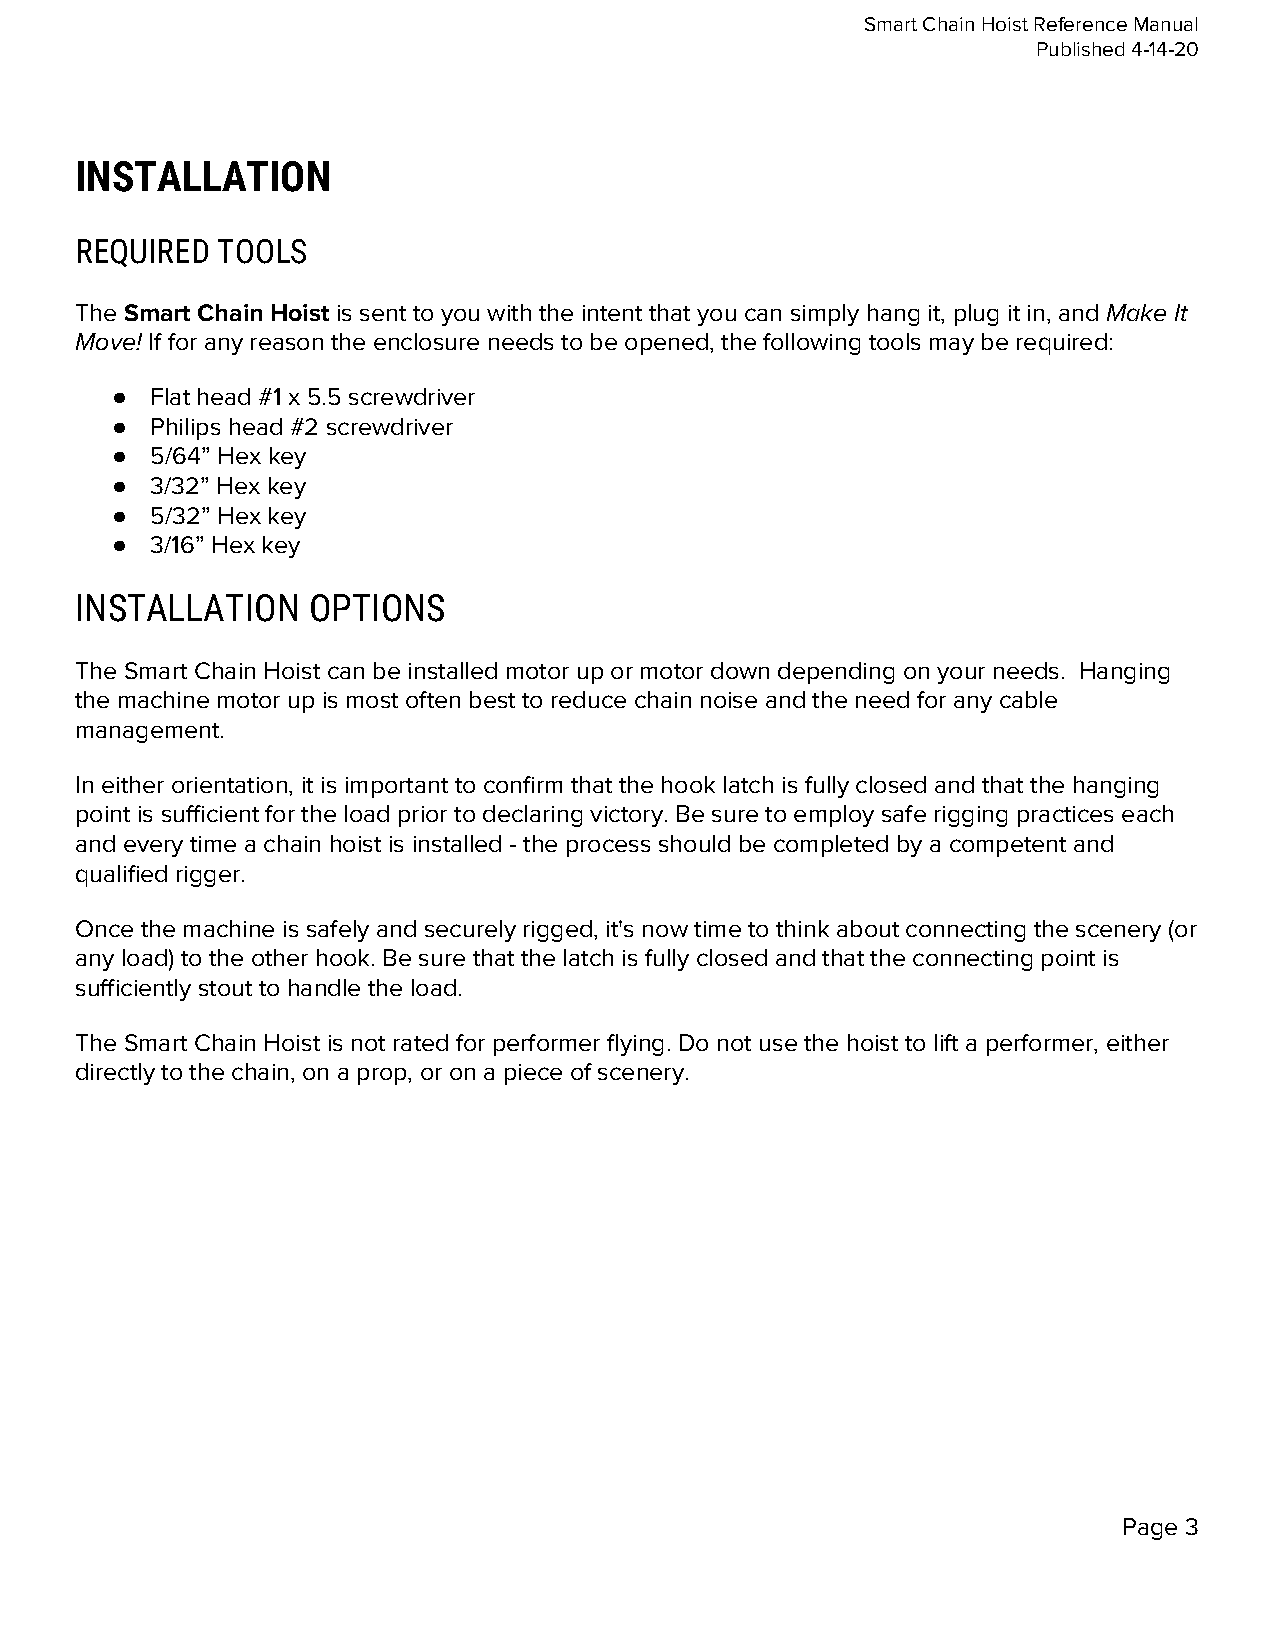
Smart Chain Hoist Reference Manual
 Published 4-14-20
 INSTALLATION
 REQUIRED TOOLS
 The Smart Chain Hoist is sent to you with the intent that you can simply hang it, plug it in, and Make It
 ​             ​                                                  ​
 Move! If for any reason the enclosure needs to be opened, the following tools may be required:
 ​
 ●  Flat head #1 x 5.5 screwdriver
 ●  Philips head #2 screwdriver
 ●  5/64” Hex key
 ●  3/32” Hex key
 ●  5/32” Hex key
 ●  3/16” Hex key
 INSTALLATION   OPTIONS
 The Smart Chain Hoist can be installed motor up or motor down depending on your needs. Hanging
 the machine motor up is most often best to reduce chain noise and the need for any cable
 management.
 In either orientation, it is important to confirm that the hook latch is fully closed and that the hanging
 point is sufficient for the load prior to declaring victory. Be sure to employ safe rigging practices each
 and every time a chain hoist is installed - the process should be completed by a competent and
 qualified rigger.
 Once the machine is safely and securely rigged, it's now time to think about connecting the scenery (or
 any load) to the other hook. Be sure that the latch is fully closed and that the connecting point is
 sufficiently stout to handle the load.
 The Smart Chain Hoist is not rated for performer flying. Do not use the hoist to lift a performer, either
 directly to the chain, on a prop, or on a piece of scenery.
 Page 3